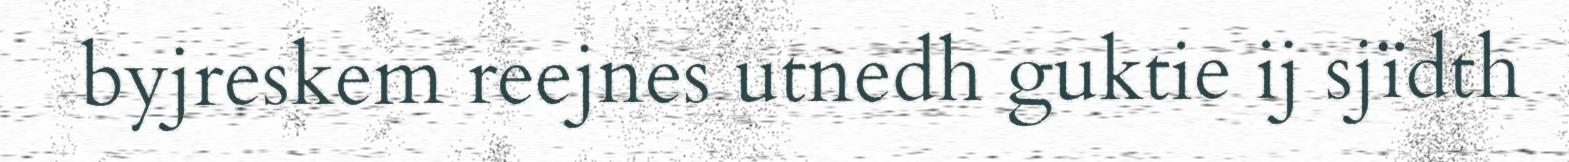
byjreskem reejnes utnedh guktie ij sjïdth